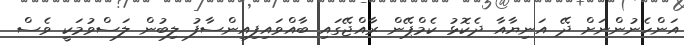
އަންހެނުންނަށް ދޭ އަނިޔާއާ ދެކޮޅު ކެމްޕޭން ރާއްޖޭގައި ބާއްވައިފިއިންސާފު ލިބުން ލަސްވުމަކީ ވެސް